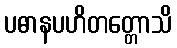
ပဓာနပဟိတတ္တောသိ